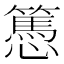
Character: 𢤷